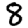
Digit: 8